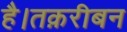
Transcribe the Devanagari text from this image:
है।तक़रीबन